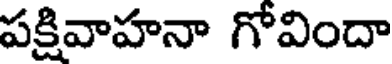
పక్షివాహనా గోవిందా